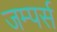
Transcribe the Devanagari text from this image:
जम्पर्स